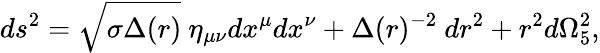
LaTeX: ds^{2}=\sqrt{\sigma\Delta(r)}~\eta_{\mu\nu}dx^{\mu}dx^{\nu}+\Delta(r)^{-2}~dr^{2}+r^{2}d\Omega_{5}^{2},